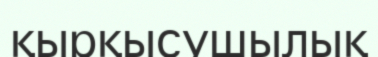
қырқысушылық